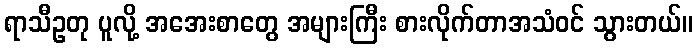
ရာသီဥတု ပူလို့ အအေးစာတွေ အများကြီး စားလိုက်တာအသံဝင် သွားတယ်။